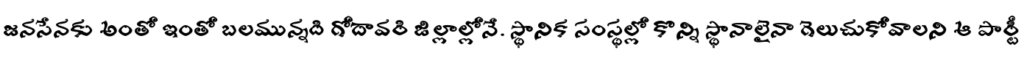
జనసేనకు అంతో ఇంతో బలమున్నది గోదావరి జిల్లాల్లోనే. స్థానిక సంస్థల్లో కొన్ని స్థానాలైనా గెలుచుకోవాలని ఆ పార్టీ